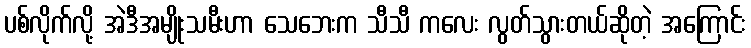
ပစ်လိုက်လို့ အဲဒီအမျိုးသမီးဟာ သေဘေးက သီသီ ကလေး လွတ်သွားတယ်ဆိုတဲ့ အကြောင်း